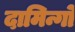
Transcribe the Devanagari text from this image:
दामिन्गो